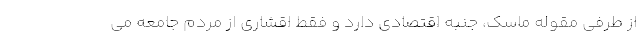
از طرفی مقوله ماسک، جنبه اقتصادی دارد و فقط اقشاری از مردم جامعه می